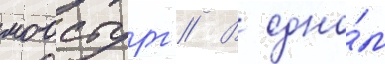
моосбург // В одно́м